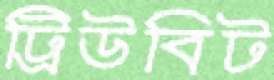
ট্রিউবিট